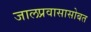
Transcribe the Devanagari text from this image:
जालप्रवासासोबत